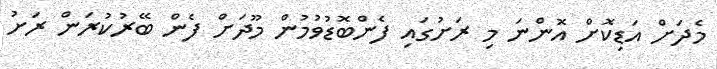
މެދަށް އަޑިކޮށް އޮންނަ މި ރަށުގައި ފެންބޮޑުވުމުން މޫދަށް ފެން ބޭރުކުރަން ރަށު